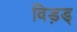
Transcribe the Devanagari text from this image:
विड़ड्